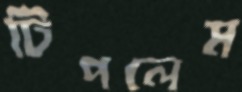
টিপলেম